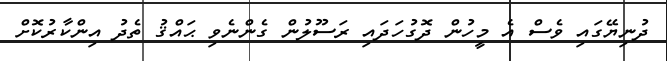
ދުނިޔޭގައި ވެސް އެ މީހުން ދޮގުހަދައި ރަސޫލުން ގެންނެވި ޙައްޤު ތެދު އިންކާރުކޮށް